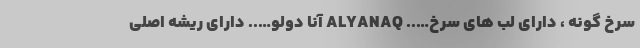
سرخ گونه ، دارای لب های سرخ….. ALYANAQ آنا دولو….. دارای ریشه اصلی